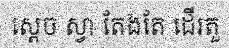
ស្តេច ស្វា តែងតែ ដើរតួ